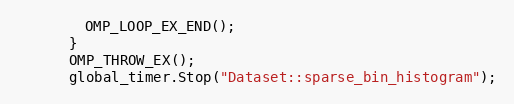
Language: C
        OMP_LOOP_EX_END();
      }
      OMP_THROW_EX();
      global_timer.Stop("Dataset::sparse_bin_histogram");